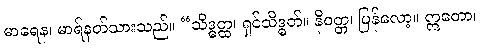
မာရေန၊ မာရ်နတ်သားသည်။ “သိဒ္ဓတ္ထ၊ ရှင်သိဒ္ဓတ်။ နိဝတ္တ၊ ပြန်လော့။ ဣတော၊